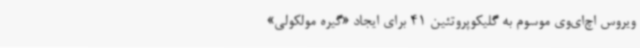
ویروس اچ‌ای‌وی موسوم به گلیکوپروتئین 41 برای ایجاد «گیره مولکولی»